65_HS1-834228961_62-HQ-83894_Serial_438
Agency: FBI
Page 30
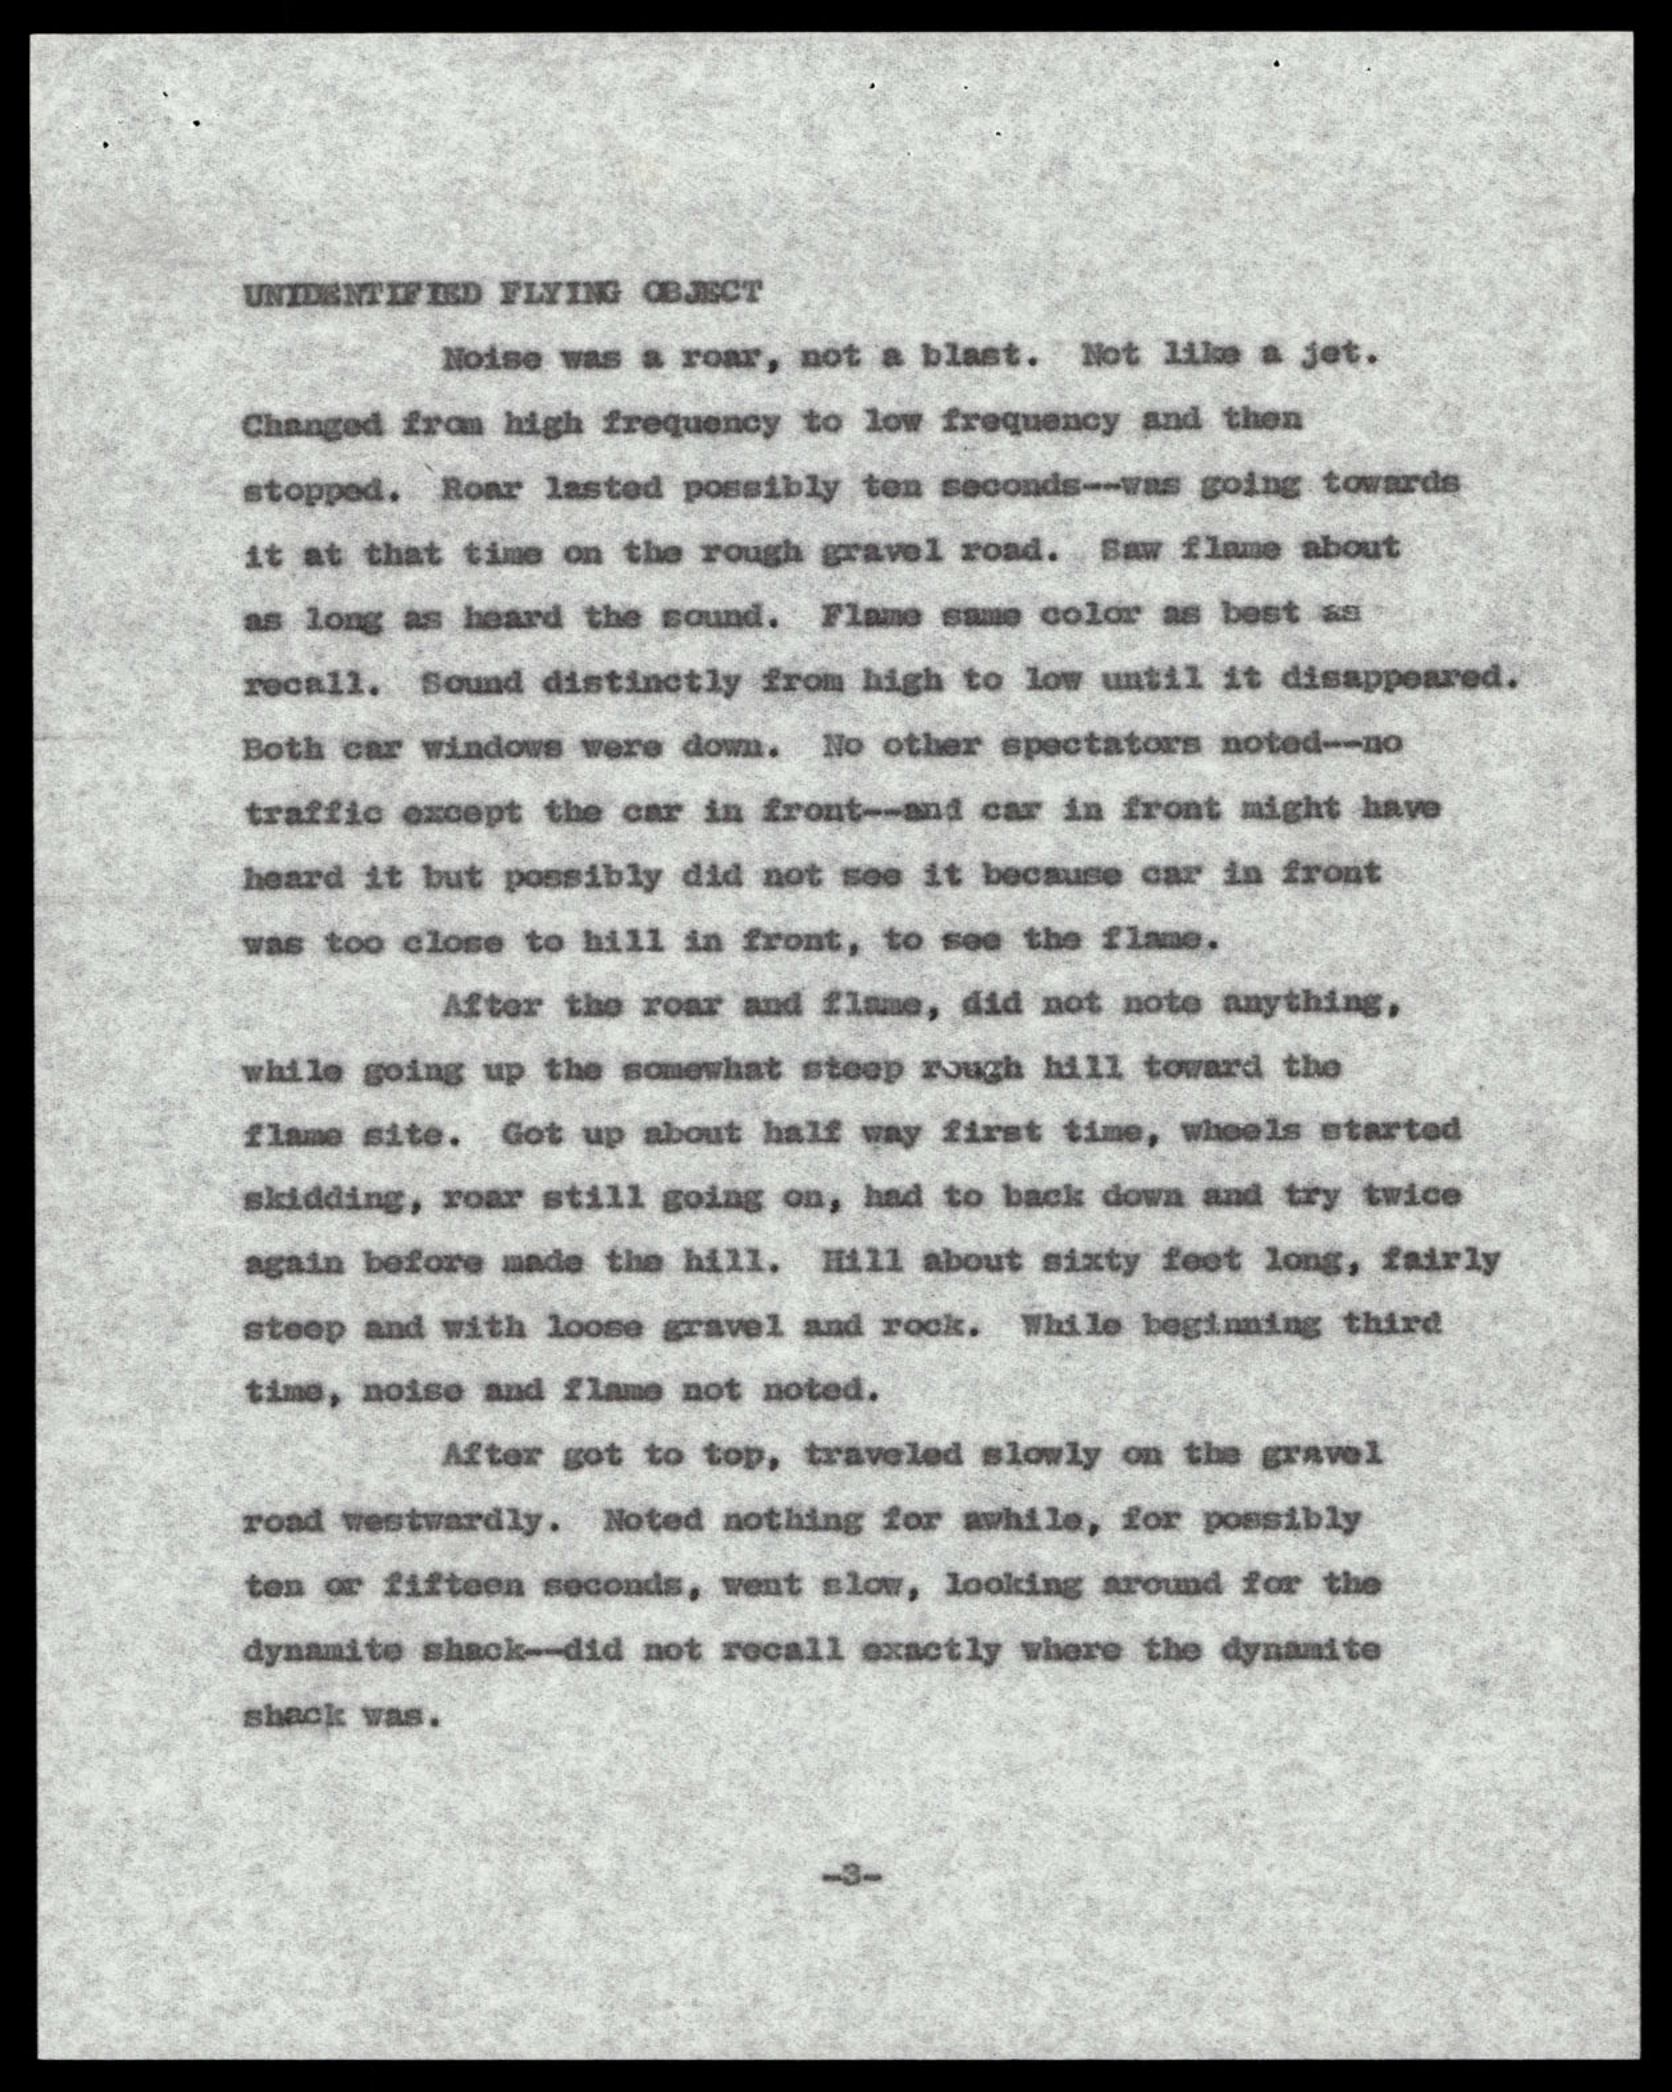